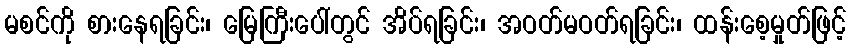
မစင်ကို စားနေရခြင်း၊ မြေကြီးပေါ်တွင် အိပ်ရခြင်း၊ အဝတ်မဝတ်ရခြင်း၊ ထန်းစေ့မှုတ်ဖြင့်